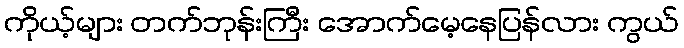
ကိုယ့်များ တက်ဘုန်းကြီး အောက်မေ့နေပြန်လား ကွယ်